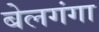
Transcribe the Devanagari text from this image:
बेलगंगा